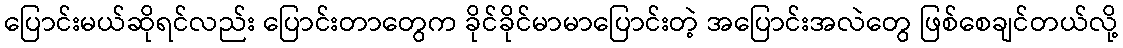
ပြောင်းမယ်ဆိုရင်လည်း ပြောင်းတာတွေက ခိုင်ခိုင်မာမာပြောင်းတဲ့ အပြောင်းအလဲတွေ ဖြစ်စေချင်တယ်လို့